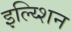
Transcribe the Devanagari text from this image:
इल्य्शिन